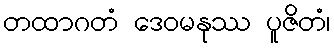
တထာဂတံ ဒေဝမနုဿ ပူဇိတံ၊